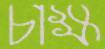
চাক্ষ